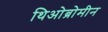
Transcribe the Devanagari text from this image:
थिओब्रोमीन